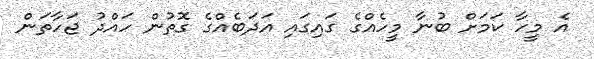
އެ މީހާ ކަމަށް ބުނާ މީހެއްގެ ގައިގައި އަދަބެއްގެ ގޮތުން ހައްދު ޖަހާތަން